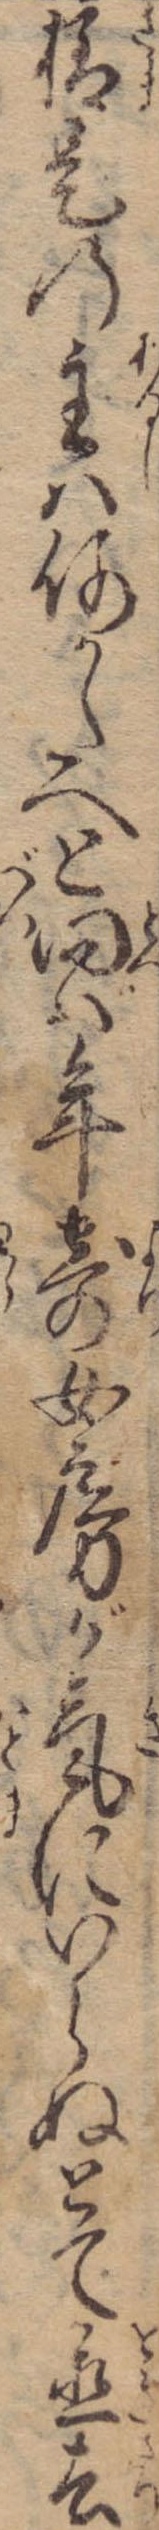
様是の主は何かたへと問ば年寄女房が気にいらぬとて置去